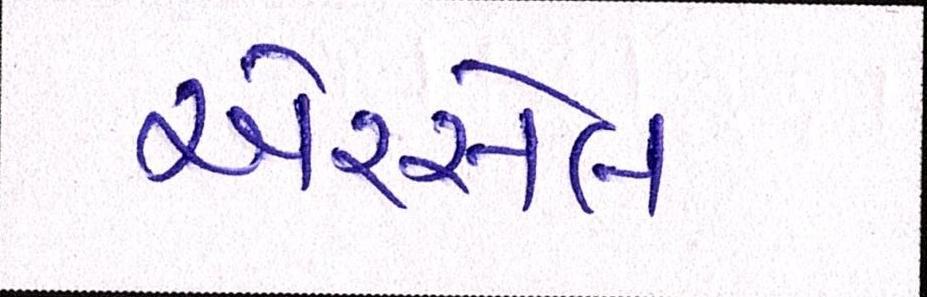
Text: એરસેલ